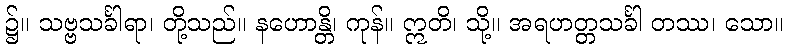
၌။ သဗ္ဗသင်္ခါရာ၊ တို့သည်။ နဟောန္တိ၊ ကုန်။ ဣတိ၊ သို့။ အရဟတ္တသင်္ခါ တဿ၊ သော။